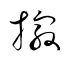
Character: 撮